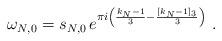
LaTeX: \begin{align*} \omega_{N,0} = s_{N,0} \, e^{\pi i\left( \frac{k_N-1}{3} - \frac{[k_N-1]_3}{3} \right)} \ .\end{align*}